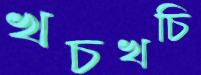
খচখচি